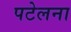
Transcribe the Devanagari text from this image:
पटेलना